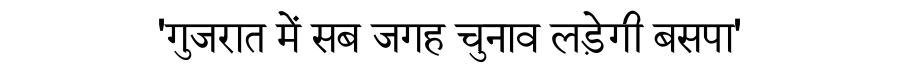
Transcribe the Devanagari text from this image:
'गुजरात में सब जगह चुनाव लड़ेगी बसपा'